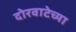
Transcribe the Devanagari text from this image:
दोरवाटेच्या